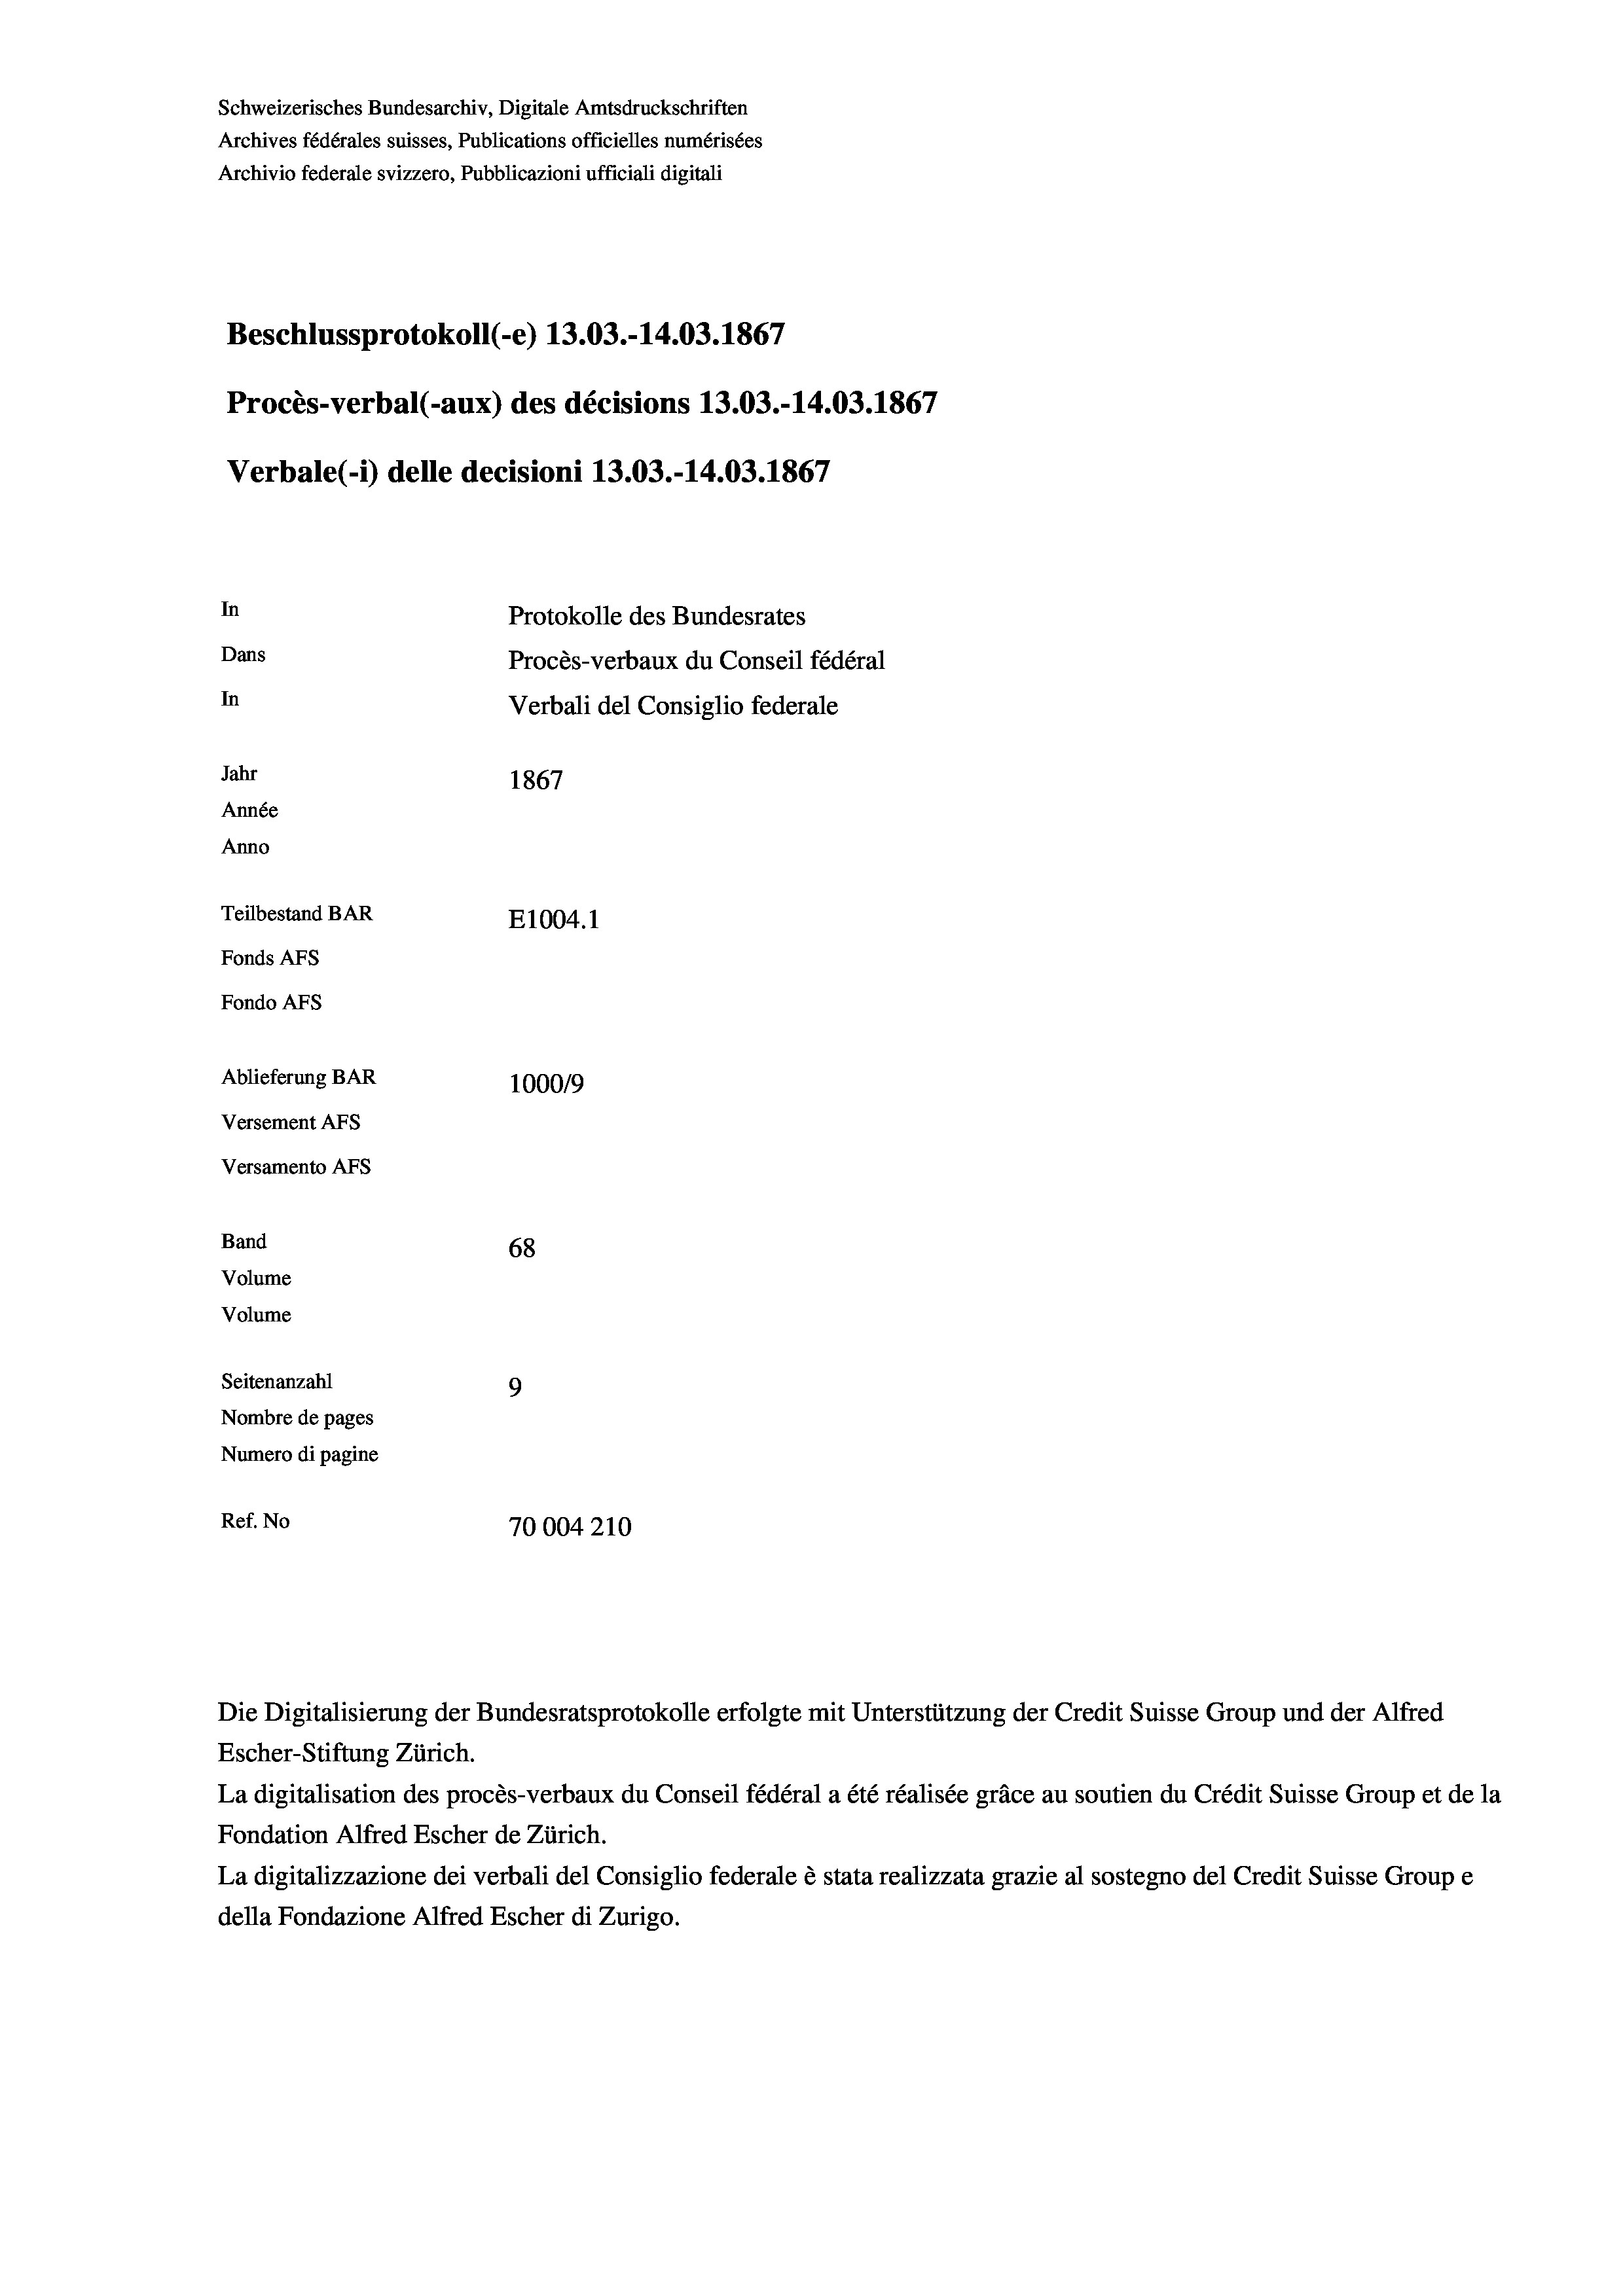
Schweizerisches Bundesarchiv, Digitale Amtsdruckschriften
Archives fédérales suisses, Publications officielles numérisées
Archivio federale svizzero, Pubblicazioni ufficiali digitali
Beschlussprotokoll (-e) 13.03.-14.03. 1867
Procès-verbal (-aux) des décisions 13.03.-14.03. 1867
Verbale (- 1) delle decisioni 13.03.-14.03. 1867
In
Protokolle des Bundesrates
Dans
Procès-verbaux du Conseil fédéral
In
Verbali del Consiglio federale
Jahr
1867
Année
Anno
Teilbestand BAR
E1004.1
Fonds AFs
Fondo AFS
Ablieferung BAR
100019
Versement AFs
Versamento AFs
Band
68
Volume
Volume

Seitenanzahl
9
Nombre de pages
Numero di pagine
Ref. No
70004210

La digitalisation des procès-verbaux du Conseil fédéral a été réalisée gräce au soutien du Crédit Suisse Group et de la
Fondation Alfred Escher de Zürich.
La digitalizzazione dei verbali del Consiglio federale è stata realizzata grazie al sostegno del Credit Suisse Groupe
della Fondazione Alfred Escher di Zurigo.

Escher-Stiftung Zürich.

Die Digitalisierung der Bundesratsprotokolle erfolgte mit Unterstützung der Credit Suisse Group und der Alfred